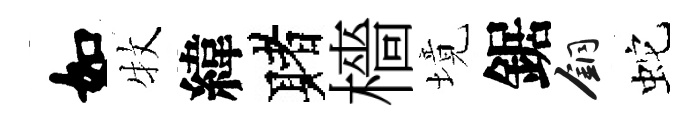
如牧緯赌檣境鋸銅蛇